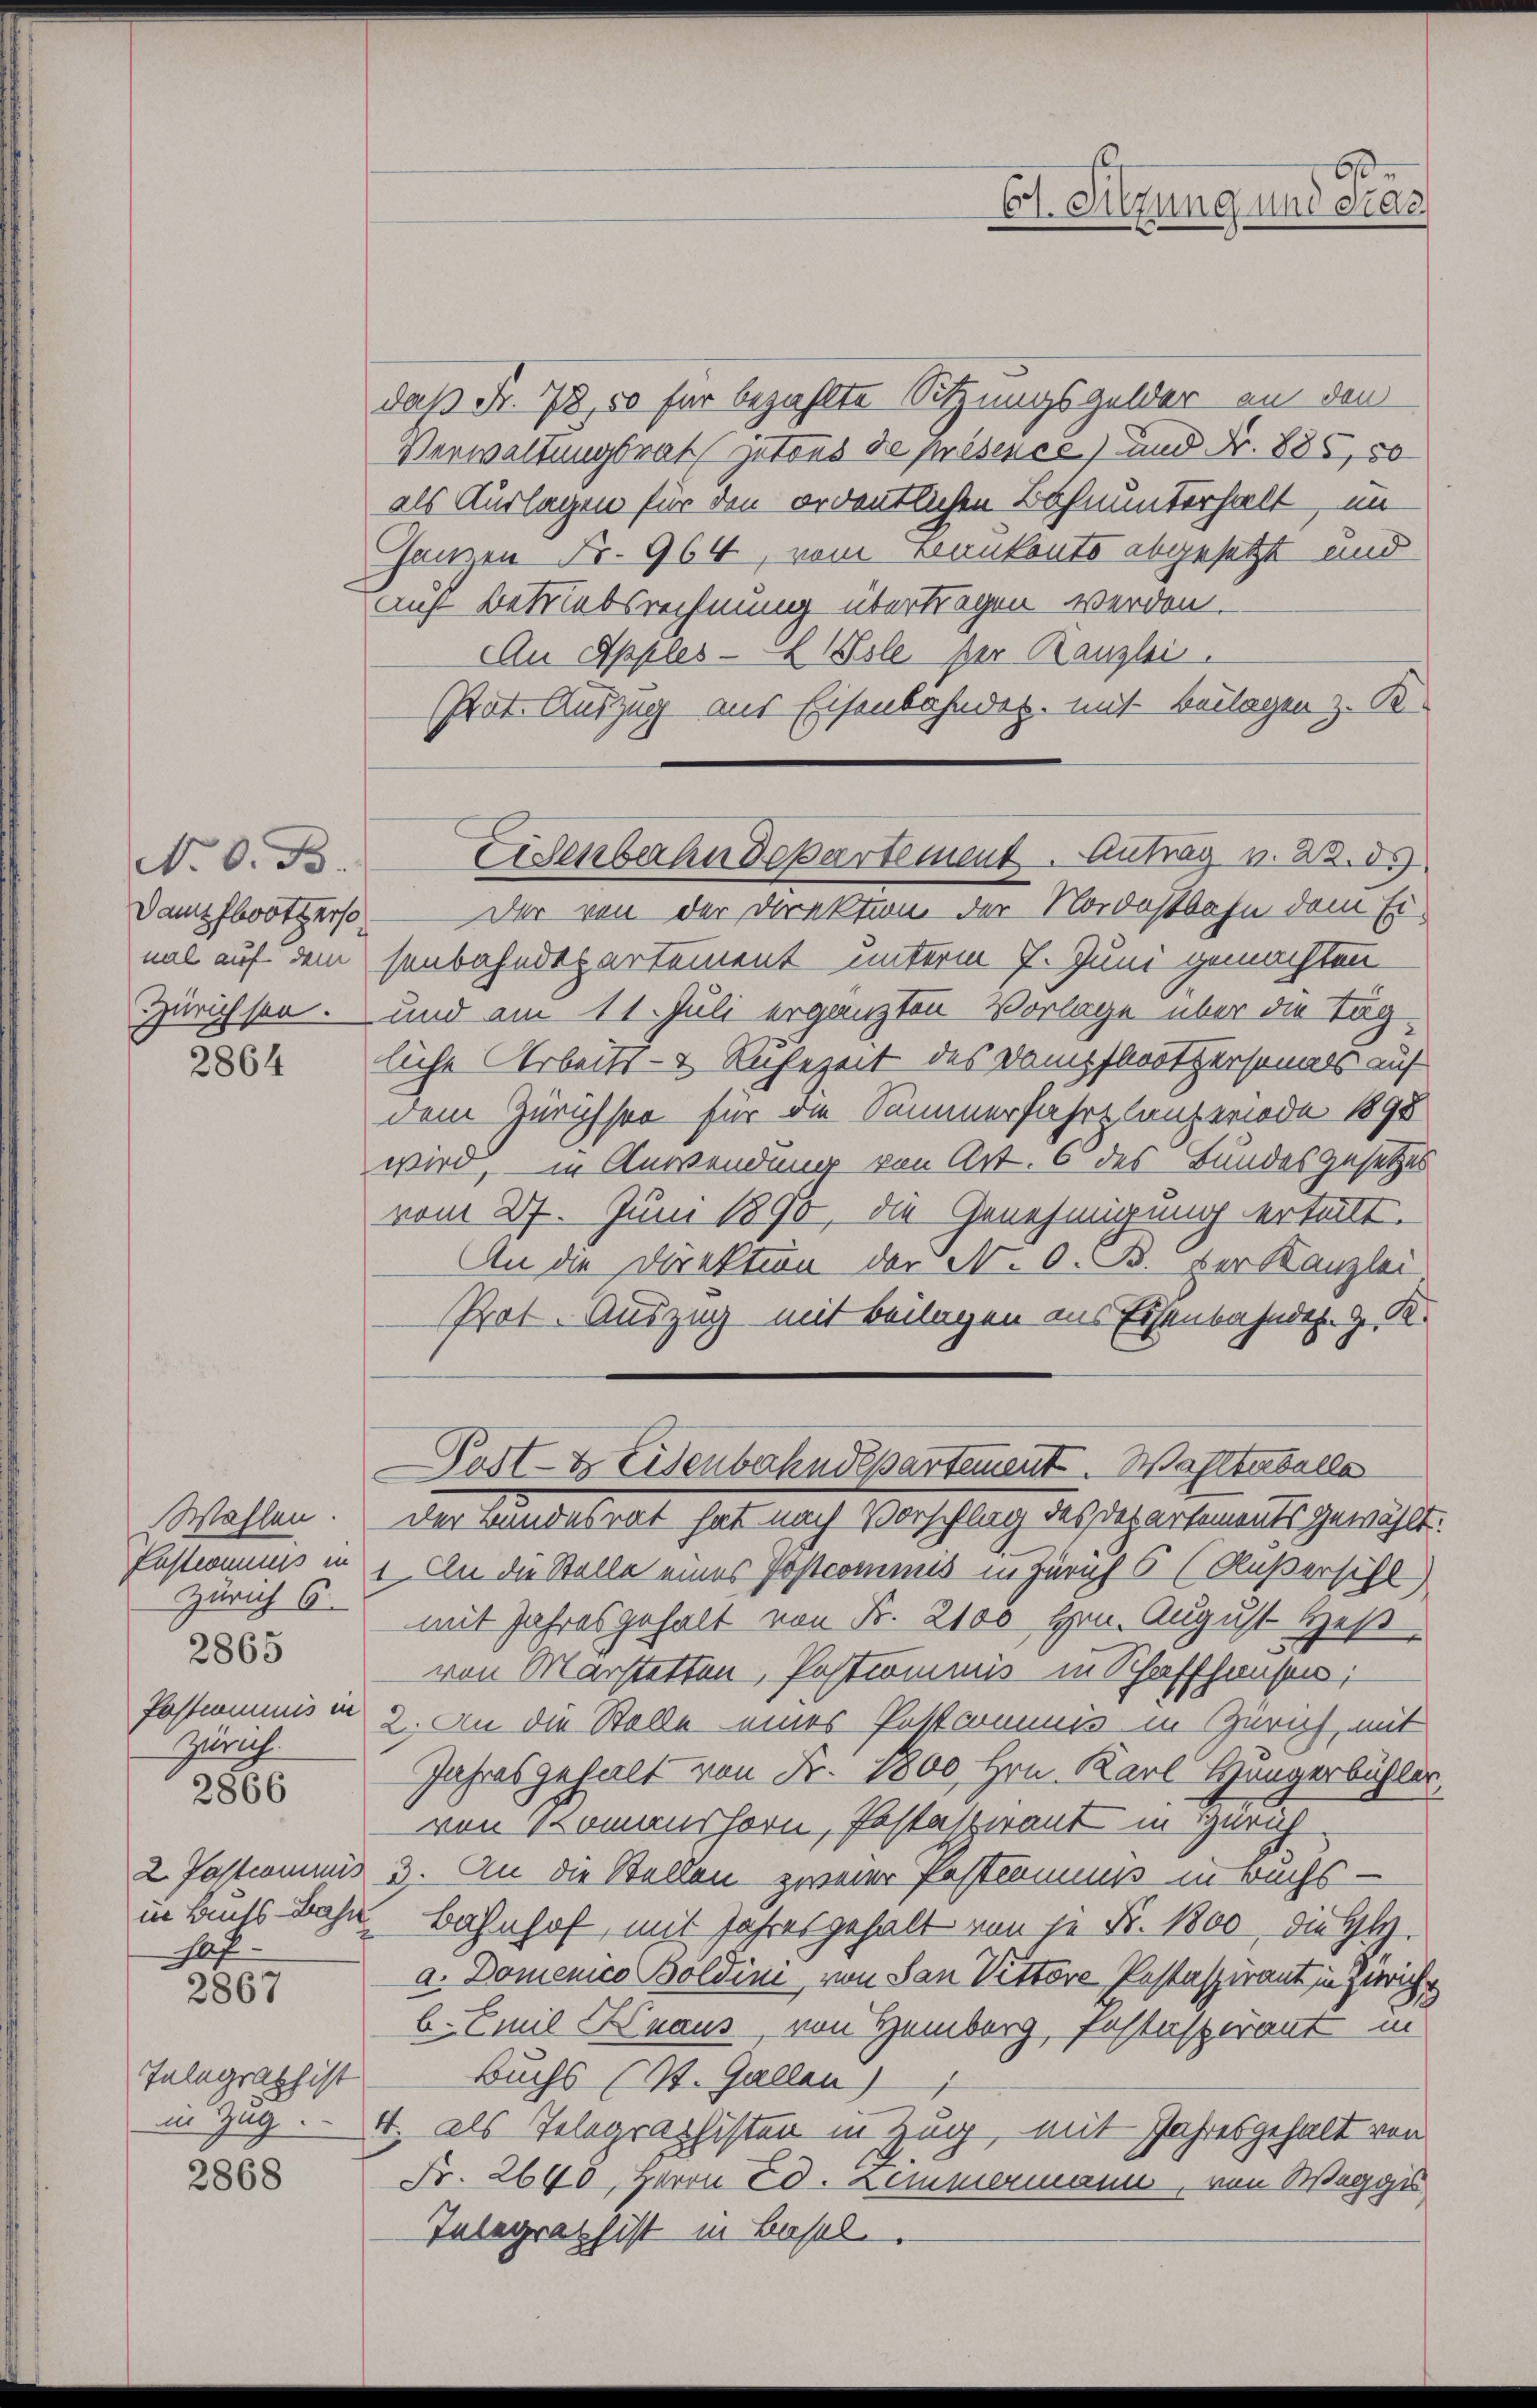
N. O. B.
nmal auf dem

2864

Postcommis in
Gerich.
2866
hof

2865

2867

Telegrath ist
in Zug.

2868

das Fr. 78, 50 für bezahlte Sitzungsgelder an den
Verwaltungsrat zutaus de présence) und Fr. 885, 50
als Auslagen für den ordentlichen Bahnunterhalt, un
Gamen Nr. 964, vom Bankents abgesetzt und
auf Betriebsrechnung übertragen werden.
An Appres-EWEsle der Kanzlei.
Prat. Auszug aus Eisenbahndet. mit Beilagen z. B.
Dampfboothers. — Der von der Direktion der Nordostbahn dem Eisenbahndepartement unterm 7. Juni gemachten
Zürichsen, und am 11. Juli ergänzten Vorlage über die Tagliche Arbeits- & Ruhezeit des Dampfbootpersonals auf
dem Zürichsee für die Summerfahrplanperiode 1898
wird, in Anwendung von Art. 6 des Bundesgesetzes
vom 27. Juni 1890, die Genehmigung erteilt.
An die Direktion der N. O. B. der Kanzlei
Prot. Auszug mit Beilagen aus Eisenbahn z. K.
Post- & Eisenbahndepartement. Wahltestalla
Wahlen. Der Bandesrat hat nach Vorschlag des Departements gewählt:
Pastonius in 1. An die Stelle eines Postcommis in Zürich 6 (Außersihl)
Zürich 6 mit Jahresgehalt von Fr. 2100 Hrn. August Heß
von Marstetten Postkommis in Schaffhausen;
2. An die Stelle eines Postcommnis in Zürich, mit
Jahresgehalt von Fr. 1800 Hrn. Karl Hungerbühler,
von Komanshorn, Pestaspirant in Zürich
2 Jostcommis 3. An die Stellen zweier Pestamms in Buchs -
in bis Bahn Bahnhof, mit Jahresgehalt von je Fr. 1800, die Gly.
a. Domenico Boldini, von San Vittore Pestaspirant in Zürich
b. Emil Knaus, von Heinberg, Pestaspirant in
Buchs (St. Gallen)
4t. als Telegraphisten in Zug, mit Jahresgehalt von
Fr. 2640, Herrn Ed. Lemmermann, von Weggis
Telegraphist in Basel.

6
Ct. Sitzung und erac

Eisenbahndepartement. Antrag v. 22. ds